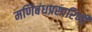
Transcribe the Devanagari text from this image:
मणिबंधप्रसारिणी